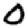
Digit: 0